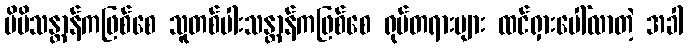
မိမိသန္တာန်ကဖြစ်စေ သူတစ်ပါးသန္တာန်ကဖြစ်စေ ရုပ်တရားများ ထင်ရှားပေါ်လာတဲ့ အခါ